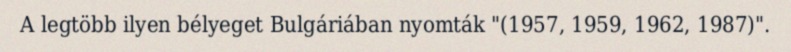
A legtöbb ilyen bélyeget Bulgáriában nyomták "(1957, 1959, 1962, 1987)".